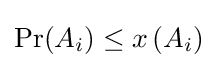
\Pr(A_{i})\leq x\left(A_{i}\right)